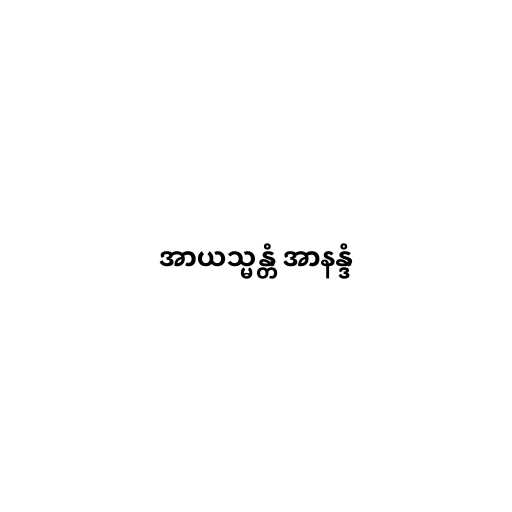
အာယသ္မန္တံ အာနန္ဒံ